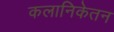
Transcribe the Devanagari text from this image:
कलानिकेतन